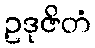
ဥဒုဇိတံ